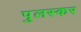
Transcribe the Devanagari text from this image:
पुलस्कर